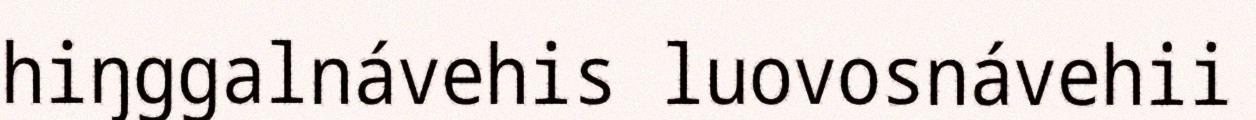
hiŋggalnávehis luovosnávehii